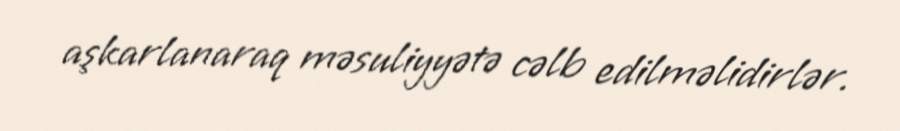
aşkarlanaraq məsuliyyətə cəlb edilməlidirlər.